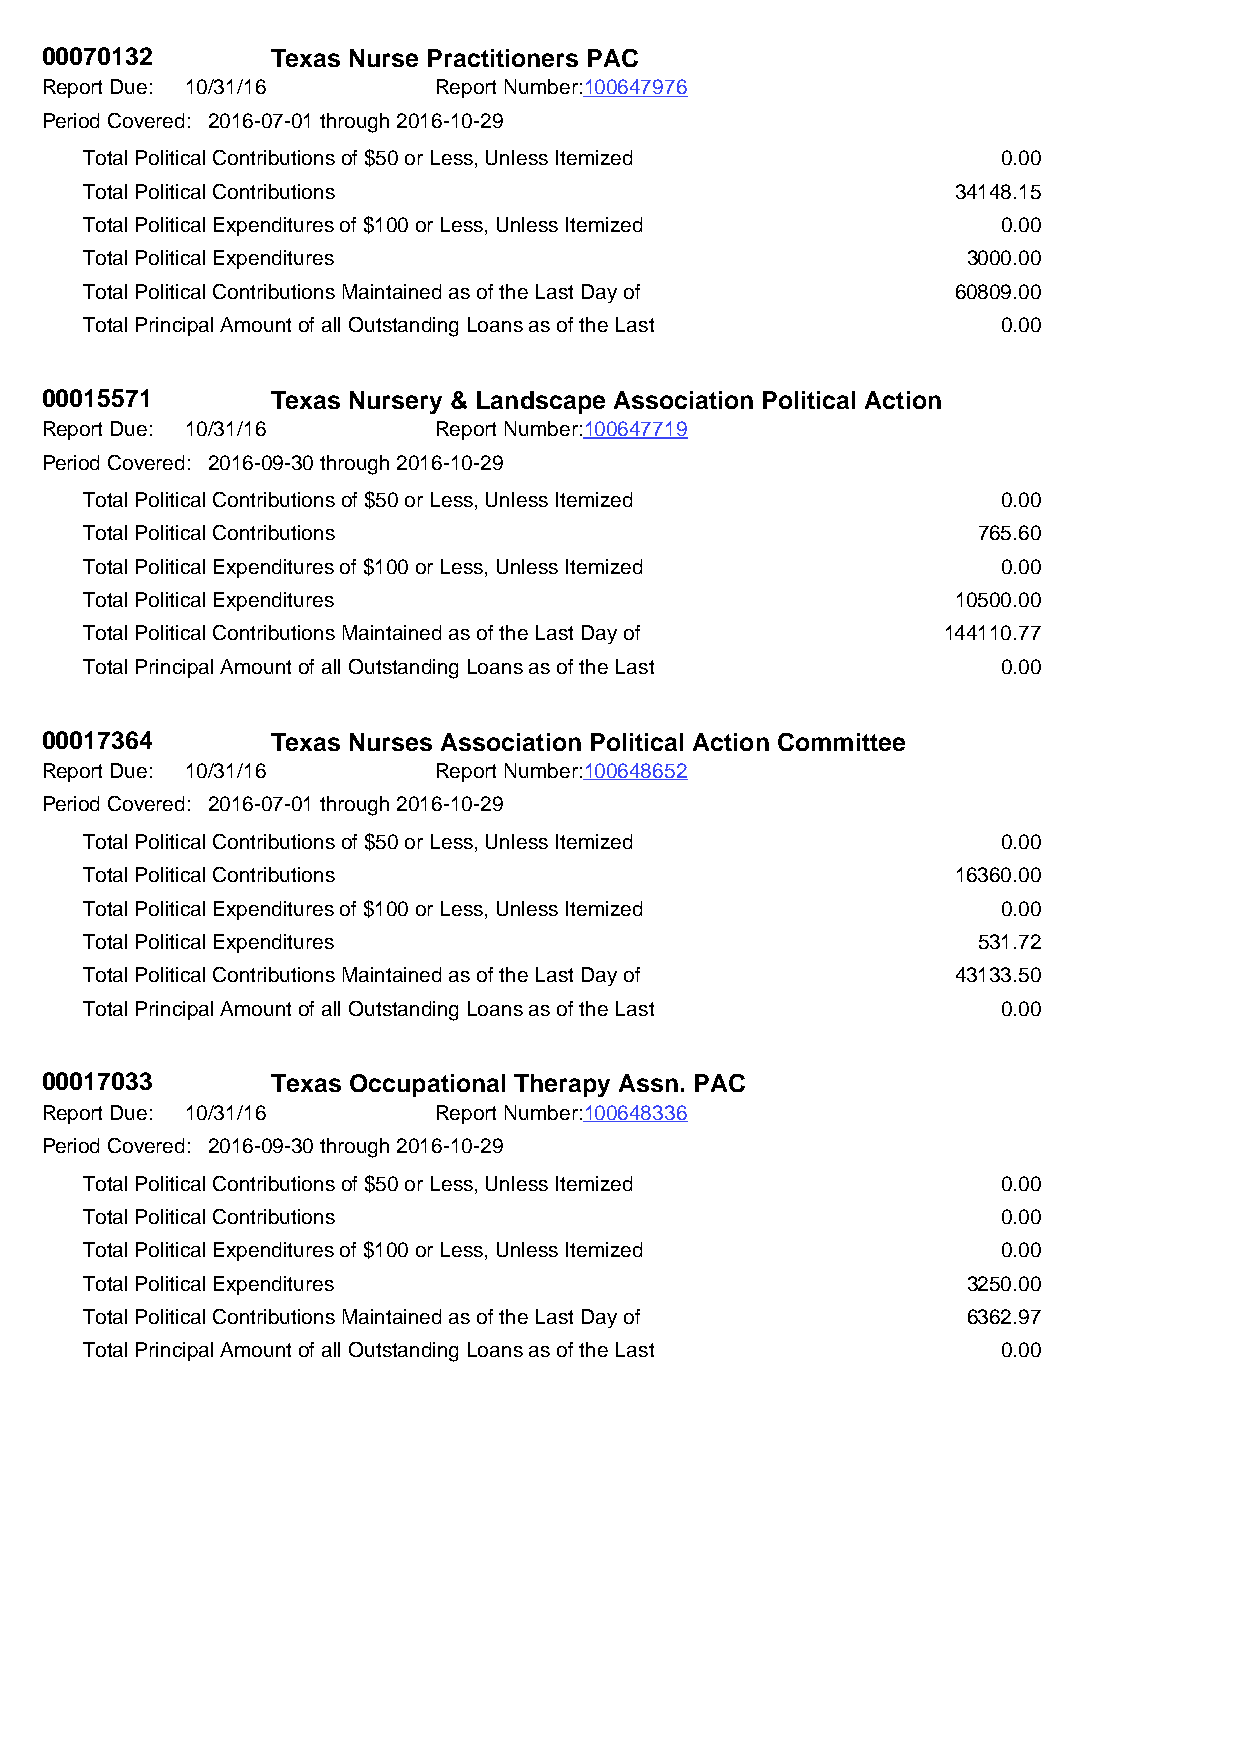
00070132       Texas Nurse Practitioners PAC
 Report Due: 10/31/16      Report Number:100647976
 Period Covered: 2016-07-01 through 2016-10-29
 Total Political Contributions of $50 or Less, Unless Itemized 0.00
 Total Political Contributions                            34148.15
 Total Political Expenditures of $100 or Less, Unless Itemized 0.00
 Total Political Expenditures                              3000.00
 Total Political Contributions Maintained as of the Last Day of 60809.00
 Total Principal Amount of all Outstanding Loans as of the Last 0.00
 00015571       Texas Nursery & Landscape Association Political Action
 Report Due: 10/31/16      Report Number:100647719
 Period Covered: 2016-09-30 through 2016-10-29
 Total Political Contributions of $50 or Less, Unless Itemized 0.00
 Total Political Contributions                              765.60
 Total Political Expenditures of $100 or Less, Unless Itemized 0.00
 Total Political Expenditures                             10500.00
 Total Political Contributions Maintained as of the Last Day of 144110.77
 Total Principal Amount of all Outstanding Loans as of the Last 0.00
 00017364       Texas Nurses Association Political Action Committee
 Report Due: 10/31/16      Report Number:100648652
 Period Covered: 2016-07-01 through 2016-10-29
 Total Political Contributions of $50 or Less, Unless Itemized 0.00
 Total Political Contributions                            16360.00
 Total Political Expenditures of $100 or Less, Unless Itemized 0.00
 Total Political Expenditures                               531.72
 Total Political Contributions Maintained as of the Last Day of 43133.50
 Total Principal Amount of all Outstanding Loans as of the Last 0.00
 00017033       Texas Occupational Therapy Assn. PAC
 Report Due: 10/31/16      Report Number:100648336
 Period Covered: 2016-09-30 through 2016-10-29
 Total Political Contributions of $50 or Less, Unless Itemized 0.00
 Total Political Contributions                               0.00
 Total Political Expenditures of $100 or Less, Unless Itemized 0.00
 Total Political Expenditures                              3250.00
 Total Political Contributions Maintained as of the Last Day of 6362.97
 Total Principal Amount of all Outstanding Loans as of the Last 0.00